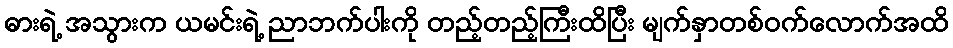
ဓားရဲ့ အသွားက ယမင်းရဲ့ ညာဘက်ပါးကို တည့်တည့်ကြီးထိပြီး မျက်နှာတစ်ဝက်လောက်အထိ